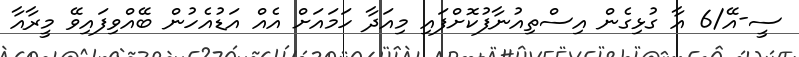
ސީ-އޭ/6 އާ ގުޅިގެން އިސްތިއުނާފުކޮށްފައި މިއަދާ ހަމައަށް އެއް އަޑުއެހުން ބޭއްވިފައިވޭ މީރާއާ